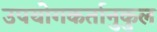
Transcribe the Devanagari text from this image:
उपयोगकर्तानुकुल